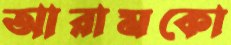
আরামকো